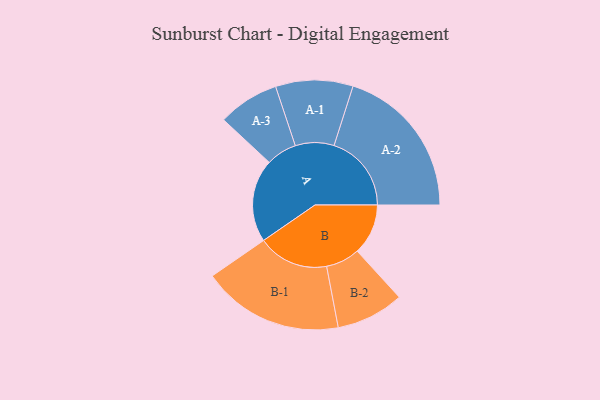
{"axis": {"x": "Segment", "y": "Value"}, "legend": ["", "A", "B"], "data": [{"x": "A", "y": 279, "type": ""}, {"x": "B", "y": 171, "type": ""}, {"x": "A-1", "y": 130, "type": "A"}, {"x": "A-2", "y": 260, "type": "A"}, {"x": "A-3", "y": 103, "type": "A"}, {"x": "B-1", "y": 238, "type": "B"}, {"x": "B-2", "y": 114, "type": "B"}]}